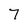
Character: 7